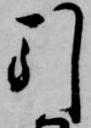
引